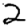
Digit: 2